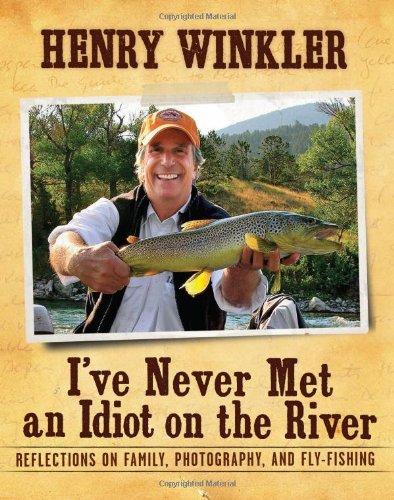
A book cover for I've Never Met an Idiot on the River: Reflections on Family, Fishing, and Photography; Henry Winkler; Arts & Photography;